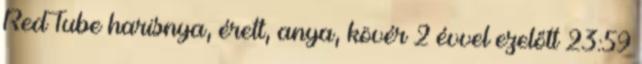
RedTube harisnya, érett, anya, kövér 2 évvel ezelőtt 23:59